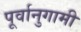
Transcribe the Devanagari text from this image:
पूर्वानुगामी